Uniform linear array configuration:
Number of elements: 4
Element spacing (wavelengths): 1
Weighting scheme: blackman
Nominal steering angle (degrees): -45
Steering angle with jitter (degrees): -46.95
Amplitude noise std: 0.05
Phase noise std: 0.05

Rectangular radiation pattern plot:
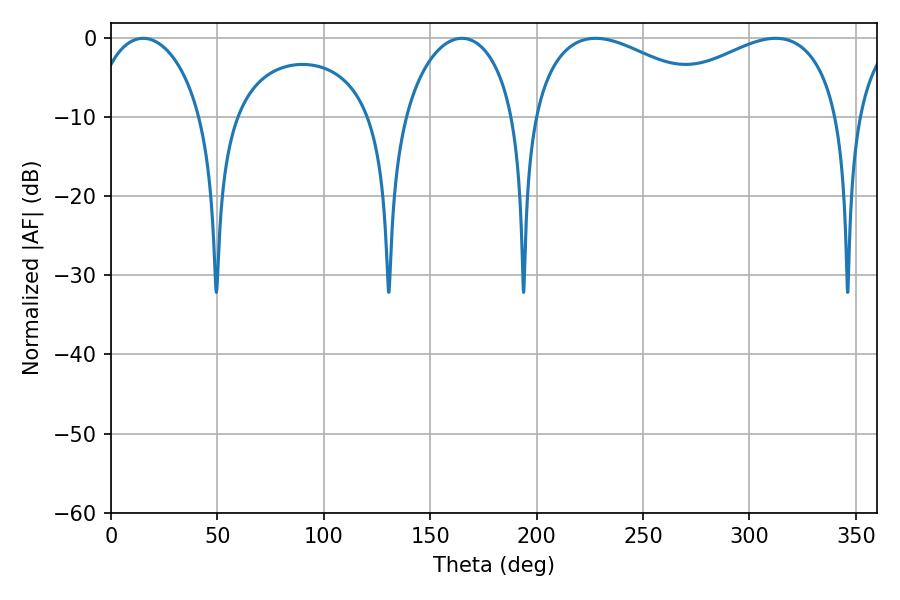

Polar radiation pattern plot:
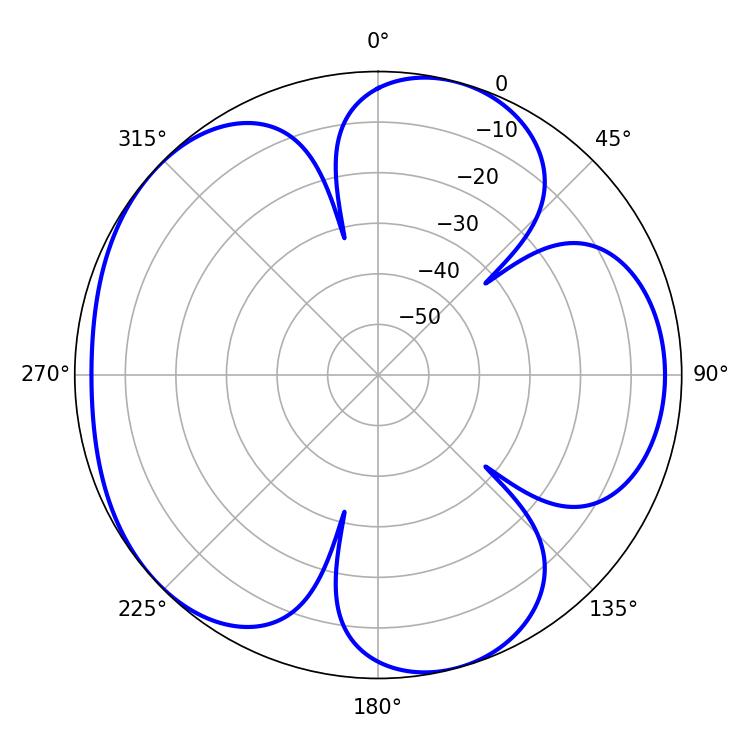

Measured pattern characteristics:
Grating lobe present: TRUE
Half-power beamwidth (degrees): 52.38
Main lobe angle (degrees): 227.7